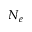
N _ { e }